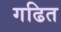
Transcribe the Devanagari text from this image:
गढित